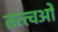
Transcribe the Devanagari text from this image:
तत्त्वओं